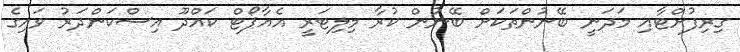
ގިރިފުށްޓާއި މަދަނީ ބޭނުންތަކަށް ބޭނުން ކުރާ މިލިޓަރީ އެއާޕޯޓް ކައްދޫ އިސްކަންދަރު ވައިގެ